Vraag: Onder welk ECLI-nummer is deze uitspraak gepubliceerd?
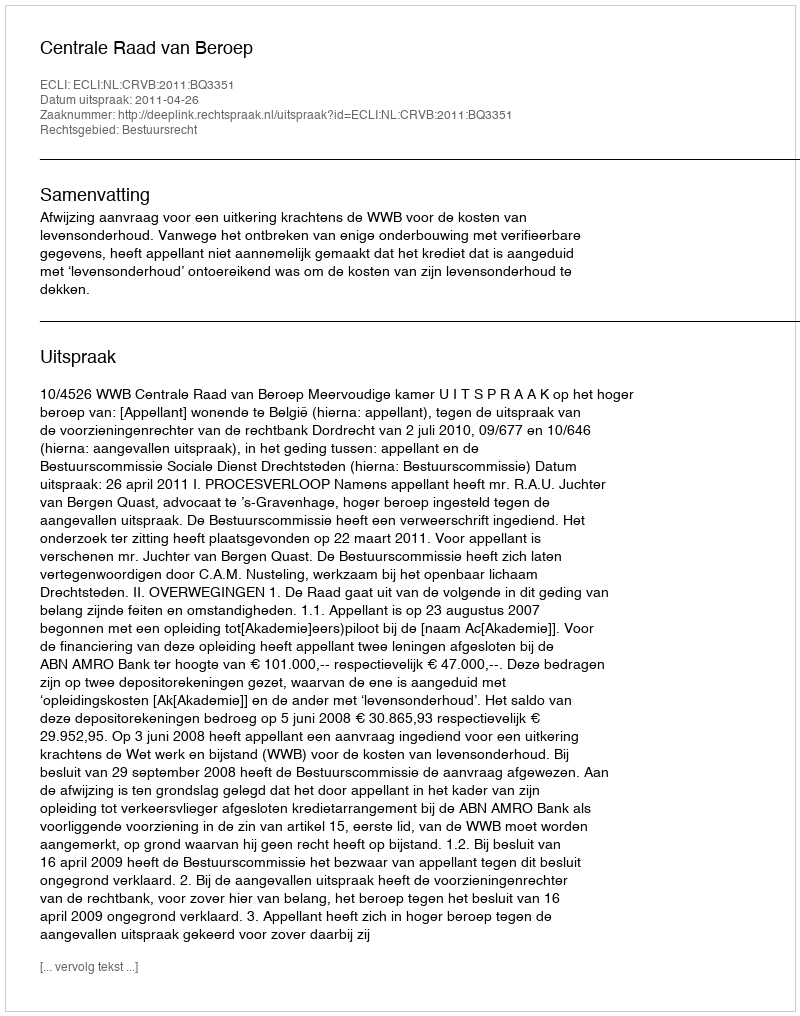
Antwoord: ECLI:NL:CRVB:2011:BQ3351